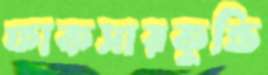
ফাকসারকুত্তি